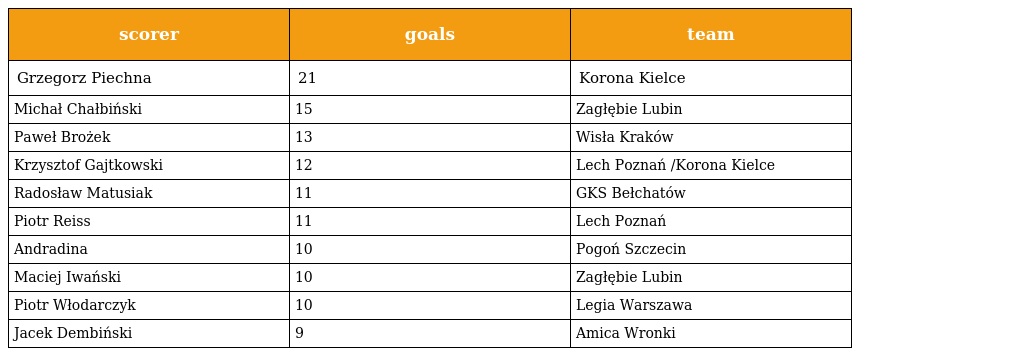
| scorer | goals | team |
 | --- | --- | --- |
 | Grzegorz Piechna | 21 | Korona Kielce |
 | Michał Chałbiński | 15 | Zagłębie Lubin |
 | Paweł Brożek | 13 | Wisła Kraków |
 | Krzysztof Gajtkowski | 12 | Lech Poznań /Korona Kielce |
 | Radosław Matusiak | 11 | GKS Bełchatów |
 | Piotr Reiss | 11 | Lech Poznań |
 | Andradina | 10 | Pogoń Szczecin |
 | Maciej Iwański | 10 | Zagłębie Lubin |
 | Piotr Włodarczyk | 10 | Legia Warszawa |
 | Jacek Dembiński | 9 | Amica Wronki |